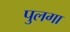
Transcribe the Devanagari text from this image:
पुलगा